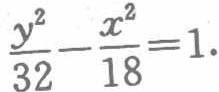
$\frac{y^{2}}{32}-\frac{x^{2}}{18}=1.$